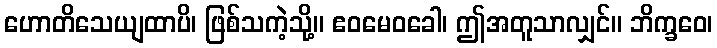
ဟောတိသေယျထာပိ၊ ဖြစ်သကဲ့သို့။ ဧဝမေဝခေါ၊ ဤအတူသာလျှင်။ ဘိက္ခဝေ၊